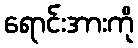
ရောင်းအားကို